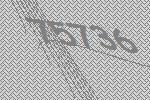
75736